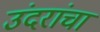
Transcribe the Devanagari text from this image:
उंदरांचा